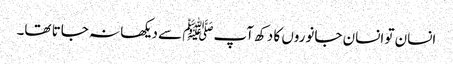
انسان تو انسان جانوروں کا دکھ آپﷺ سے دیکھا نہ جاتا تھا۔